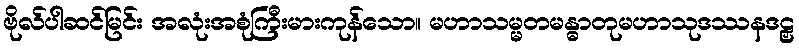
ဗိုလ်ပါဆင်မြင်း အလုံးအစုံကြီးမားကုန်သော။ မဟာသမ္မတမန္ဓာတုမဟာသုဒဿနဒဠှ